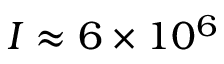
I \approx 6 \times 1 0 ^ { 6 }